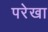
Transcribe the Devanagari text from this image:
परेखा